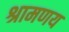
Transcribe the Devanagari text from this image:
श्रामणय